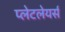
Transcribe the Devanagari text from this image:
प्लेटलेयर्स